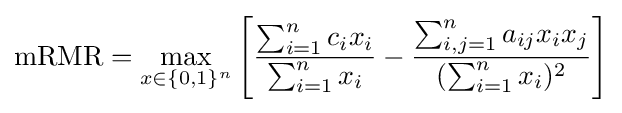
\mathrm {mRMR} =\max _{x\in \{0,1\}^{n}}\left[{\frac {\sum _{i=1}^{n}c_{i}x_{i}}{\sum _{i=1}^{n}x_{i}}}-{\frac {\sum _{i,j=1}^{n}a_{ij}x_{i}x_{j}}{(\sum _{i=1}^{n}x_{i})^{2}}}\right]